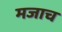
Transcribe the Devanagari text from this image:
मजाच